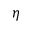
\eta